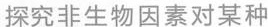
探究非生物因素对某种